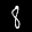
Label: 8